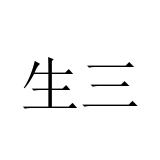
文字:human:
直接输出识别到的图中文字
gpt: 生三